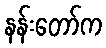
နန်းတော်က